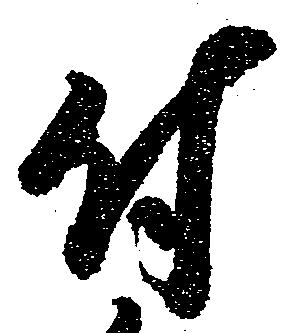
付